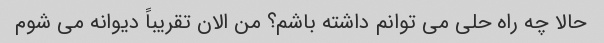
حالا چه راه حلی می توانم داشته باشم؟ من الان تقریباً دیوانه می شوم